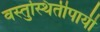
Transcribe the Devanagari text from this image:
वस्तुस्थितीपायी